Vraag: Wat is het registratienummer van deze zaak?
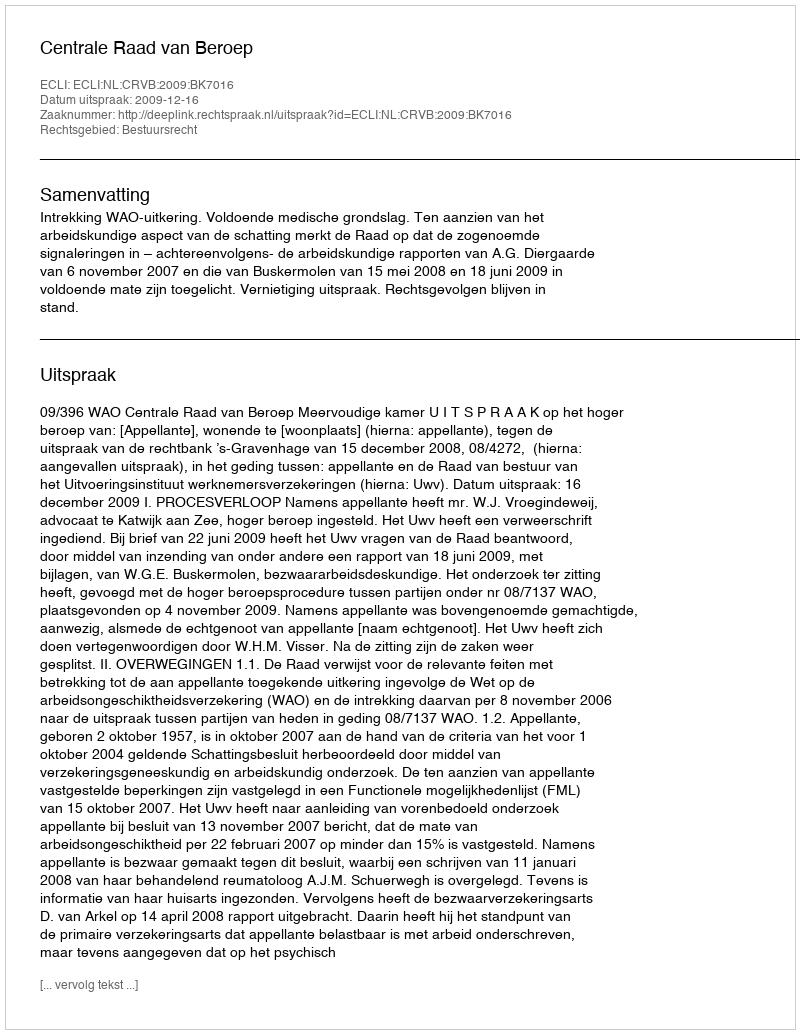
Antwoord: http://deeplink.rechtspraak.nl/uitspraak?id=ECLI:NL:CRVB:2009:BK7016